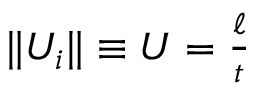
\begin{array} { r } { \| U _ { i } \| \equiv U = \frac { \ell } { t } } \end{array}